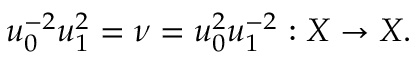
u _ { 0 } ^ { - 2 } u _ { 1 } ^ { 2 } = \nu = u _ { 0 } ^ { 2 } u _ { 1 } ^ { - 2 } : X \to X .